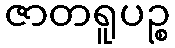
ဇာတရူပဉ္စ